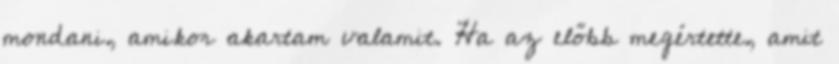
mondani, amikor akartam valamit. Ha az előbb megértette, amit